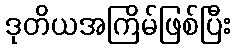
ဒုတိယအကြိမ်ဖြစ်ပြီး